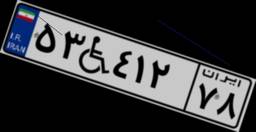
۵۳W۴۱۲۷۸